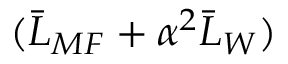
( \bar { L } _ { M F } + \alpha ^ { 2 } \bar { L } _ { W } )